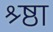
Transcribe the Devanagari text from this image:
श्र्ष्ठा